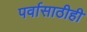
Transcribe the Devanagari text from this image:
पर्वासाठीही